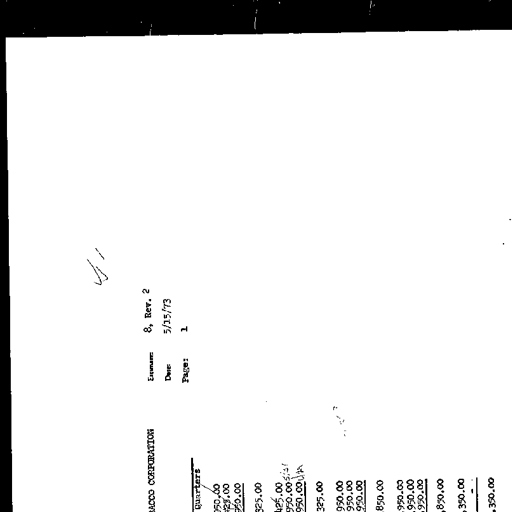
41

BACCO CORPORATION Exnum: 8, Rev. 2
Date: 5/15/73
Page: 1

Quarters
950.00
425.00
950.00
325.00
425.00
950.00 5/31
950.00 6/30
325.00
950.00
950.00
950.00
850.00
950.00
950.00
950.00
850.00
350.00
350.00